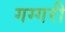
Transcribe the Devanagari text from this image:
गग्गरी